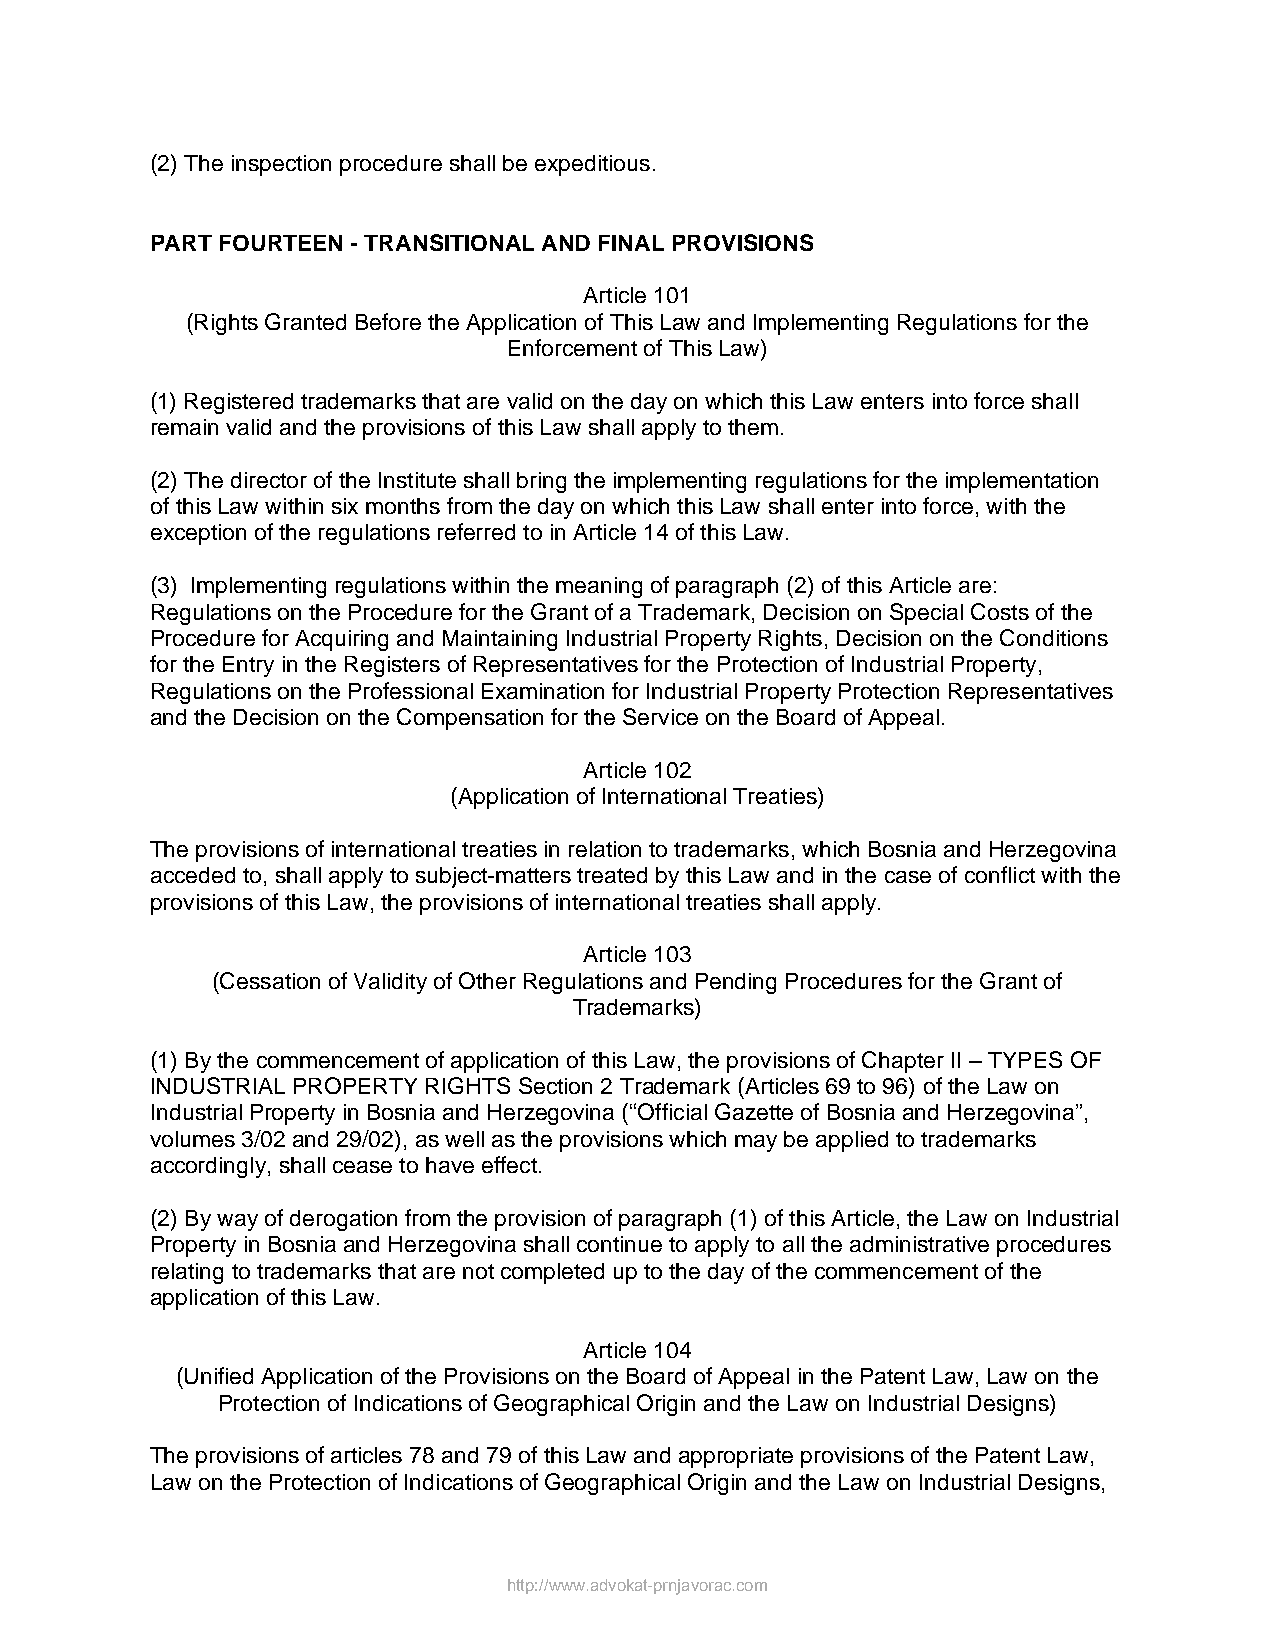
(2) The inspection procedure shall be expeditious.
 PART FOURTEEN - TRANSITIONAL AND FINAL PROVISIONS
 Article 101
 (Rights Granted Before the Application of This Law and Implementing Regulations for the
 Enforcement of This Law)
 (1) Registered trademarks that are valid on the day on which this Law enters into force shall
 remain valid and the provisions of this Law shall apply to them.
 (2) The director of the Institute shall bring the implementing regulations for the implementation
 of this Law within six months from the day on which this Law shall enter into force, with the
 exception of the regulations referred to in Article 14 of this Law.
 (3) Implementing regulations within the meaning of paragraph (2) of this Article are:
 Regulations on the Procedure for the Grant of a Trademark, Decision on Special Costs of the
 Procedure for Acquiring and Maintaining Industrial Property Rights, Decision on the Conditions
 for the Entry in the Registers of Representatives for the Protection of Industrial Property,
 Regulations on the Professional Examination for Industrial Property Protection Representatives
 and the Decision on the Compensation for the Service on the Board of Appeal.
 Article 102
 (Application of International Treaties)
 The provisions of international treaties in relation to trademarks, which Bosnia and Herzegovina
 acceded to, shall apply to subject-matters treated by this Law and in the case of conflict with the
 provisions of this Law, the provisions of international treaties shall apply.
 Article 103
 (Cessation of Validity of Other Regulations and Pending Procedures for the Grant of
 Trademarks)
 (1) By the commencement of application of this Law, the provisions of Chapter II – TYPES OF
 INDUSTRIAL PROPERTY RIGHTS Section 2 Trademark (Articles 69 to 96) of the Law on
 Industrial Property in Bosnia and Herzegovina (“Official Gazette of Bosnia and Herzegovina”,
 volumes 3/02 and 29/02), as well as the provisions which may be applied to trademarks
 accordingly, shall cease to have effect.
 (2) By way of derogation from the provision of paragraph (1) of this Article, the Law on Industrial
 Property in Bosnia and Herzegovina shall continue to apply to all the administrative procedures
 relating to trademarks that are not completed up to the day of the commencement of the
 application of this Law.
 Article 104
 (Unified Application of the Provisions on the Board of Appeal in the Patent Law, Law on the
 Protection of Indications of Geographical Origin and the Law on Industrial Designs)
 The provisions of articles 78 and 79 of this Law and appropriate provisions of the Patent Law,
 Law on the Protection of Indications of Geographical Origin and the Law on Industrial Designs,
 http://www.advokat-prnjavorac.com